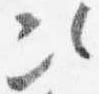
次